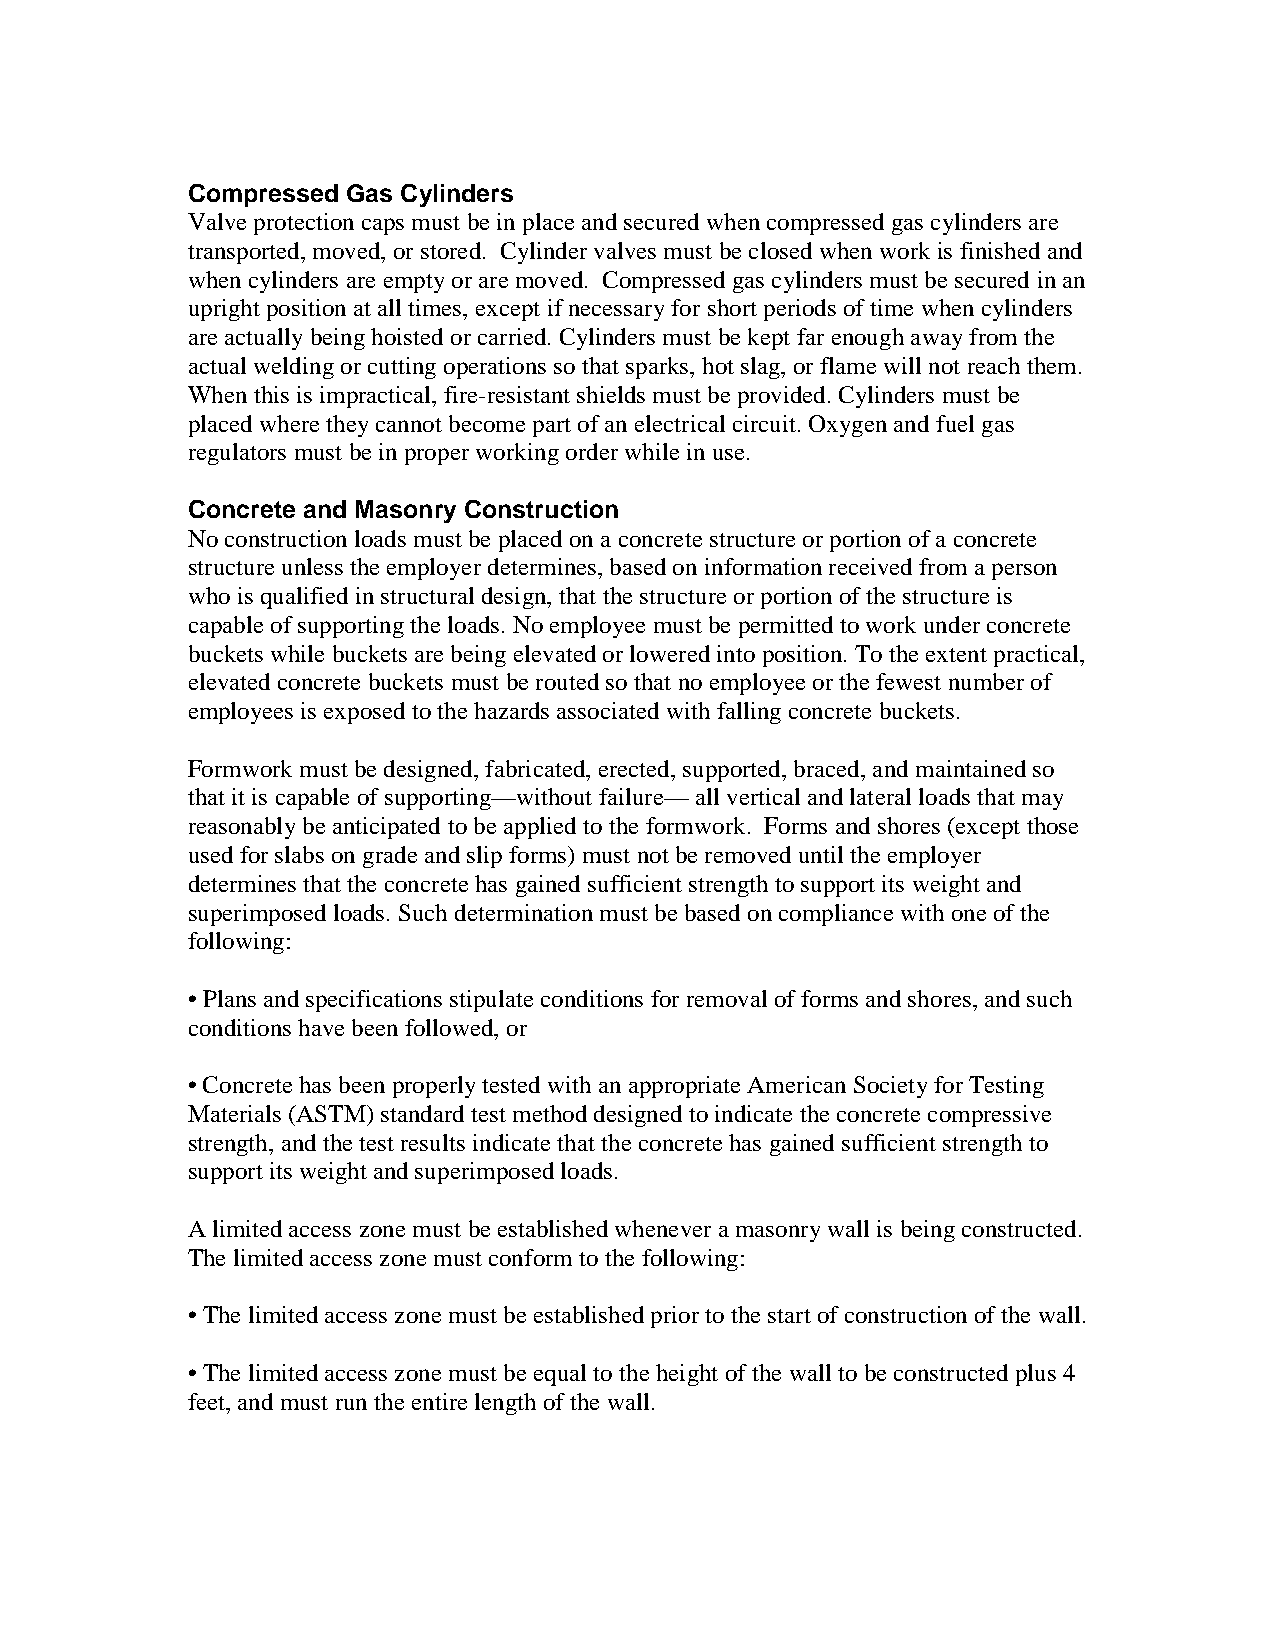
Compressed Gas Cylinders
 Valve protection caps must be in place and secured when compressed gas cylinders are
 transported, moved, or stored. Cylinder valves must be closed when work is finished and
 when cylinders are empty or are moved. Compressed gas cylinders must be secured in an
 upright position at all times, except if necessary for short periods of time when cylinders
 are actually being hoisted or carried. Cylinders must be kept far enough away from the
 actual welding or cutting operations so that sparks, hot slag, or flame will not reach them.
 When this is impractical, fire-resistant shields must be provided. Cylinders must be
 placed where they cannot become part of an electrical circuit. Oxygen and fuel gas
 regulators must be in proper working order while in use.
 Concrete and Masonry Construction
 No construction loads must be placed on a concrete structure or portion of a concrete
 structure unless the employer determines, based on information received from a person
 who is qualified in structural design, that the structure or portion of the structure is
 capable of supporting the loads. No employee must be permitted to work under concrete
 buckets while buckets are being elevated or lowered into position. To the extent practical,
 elevated concrete buckets must be routed so that no employee or the fewest number of
 employees is exposed to the hazards associated with falling concrete buckets.
 Formwork must be designed, fabricated, erected, supported, braced, and maintained so
 that it is capable of supporting—without failure— all vertical and lateral loads that may
 reasonably be anticipated to be applied to the formwork. Forms and shores (except those
 used for slabs on grade and slip forms) must not be removed until the employer
 determines that the concrete has gained sufficient strength to support its weight and
 superimposed loads. Such determination must be based on compliance with one of the
 following:
 • Plans and specifications stipulate conditions for removal of forms and shores, and such
 conditions have been followed, or
 • Concrete has been properly tested with an appropriate American Society for Testing
 Materials (ASTM) standard test method designed to indicate the concrete compressive
 strength, and the test results indicate that the concrete has gained sufficient strength to
 support its weight and superimposed loads.
 A limited access zone must be established whenever a masonry wall is being constructed.
 The limited access zone must conform to the following:
 • The limited access zone must be established prior to the start of construction of the wall.
 • The limited access zone must be equal to the height of the wall to be constructed plus 4
 feet, and must run the entire length of the wall.